Annual report on the working of the mental hospitals in the Madras Presidency - 1912-1932
Year: 1912
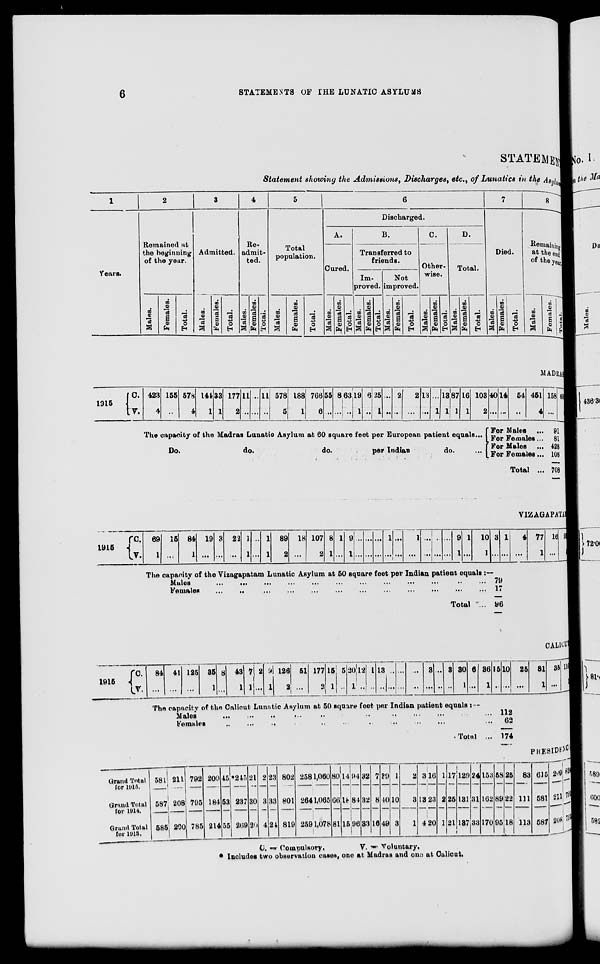
6
STATEMENTS OF THE LUNATIC ASYLUMS
STATEMENT
Statement showing the Admissions, Discharges, etc., of Lunatics in the Asylum
1
Years.
2
Remained at
the beginning
of the year.
Males.
Females.
Total.
3
Admitted.
Males.
Females.
Total.
4
Re-
admit-
ted.
Males.
Females.
Total.
5
Total
population.
Males.
Females.
Total.
6
Discharged.
A.
Cured.
Males.
Females.
Total.
B.
Transferred to
friends.
Im-
proved.
Males.
Females.
Total.
Not
improved.
Males.
Females.
Total.
C.
Other-
wise.
Males.
Females.
Total.
D.
Total.
Males.
Females.
Total.
7
Died.
Males.
Females.
Total.
8
Remaining
at the end
of the year
Males.
Females.
Total.
MADRAS
1915
C.
V.
423
4
155
...
578
4
144
1
33
1
177
2
11
...
...
...
11
...
578
5
188
1
766
6
55
...
8
...
63
...
19
1
6
...
25
1
...
...
2
...
2
...
13
...
...
1
13
1
87
1
16
1
103
2
The capacity of the Madras Lunatic Asylum at 60 square feet per European patient equals ...
Do.
do.
do.
per
Indian
do.
...
40
...
14
...
54
...
451
4
For Males ...
For Females ...
For Males ...
For Females ...
Total ...
158
...
609
4
91
81
428
108
708
VIZAGAPATAM
1915
C.
V.
69
1
15
...
84
1
19
...
3
...
22
...
1
1
...
...
1
1
89
2
18
...
107
2
8
1
1
...
9
1
...
...
...
...
...
...
1
...
...
...
1
...
...
...
...
...
...
...
9
1
1
...
10
1
3
...
1
...
The capacity of the Vizagapatam Lunatic Asylum at 50 square feet per Indian patient equals :—
Males
...
...
...
...
...
...
...
...
...
...
Females
...
...
...
...
...
...
...
...
...
...
Total ...
79
17
96
4
...
77
1
16
...
93
1
CALICUT
1915
C.
V.
84
...
41
...
125
...
35
1
8
...
43
1
7
1
2
...
9
1
126
2
51
...
177
2
15
1
5
...
20
1
12
...
1
...
13
...
...
...
...
...
...
...
3
...
...
...
3
...
30
1
6
...
36
1
15
...
10
...
The capacity of the Calicut Lunatic Asylum at 50 square feet per Indian patient equals : —
Males
...
...
...
...
...
...
...
...
...
...
Females
...
...
...
...
...
...
...
...
...
...
Total ...
112
62
174
25
...
81
1
35
...
116
1
PRESIDENCY
Grand Total
for 1915.
Grand Total
for 1914.
Grand Total
for 1913.
581
587
585
211
208
200
792
795
785
200
184
214
45
53
55
*245
237
269
21
30
20
2
3
4
23
33
24
802
801
819
258
264
259
1,060
1,065
1,078
80
66
81
14
18
15
94
84
96
32
32
33
7
8
16
39
40
49
1
10
3
2
3
1
3
13
4
16
23
20
1
2
1
17
25
21
129
131
137
24
31
33
153
162
170
58
89
95
25
22
18
83
111
113
615
581
587
209
211
208
824
792
795
C.
=
Compulsory.
V. = Voluntary.
* Includes two observation cases, one at Madras and one at Calicut.